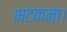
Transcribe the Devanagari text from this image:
भटकना।